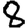
Digit: 8